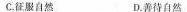
8. 亟待解决的全球性环境问题出现在哪一则材料描述的文明